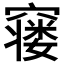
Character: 𮄙